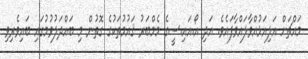
މައްޗަށް އަލިއަޅުއްވާލައްވާފައެވެ. އަދި އޯ.އައި.ސީގެ މެމްބަރު ޤައުމުތަކުގެ ގޮތުން މި ބައްދަލުވުމުގައި ބައިވެރިވި